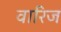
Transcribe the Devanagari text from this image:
वारिज